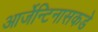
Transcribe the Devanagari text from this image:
आर्जेन्टिनासकडे